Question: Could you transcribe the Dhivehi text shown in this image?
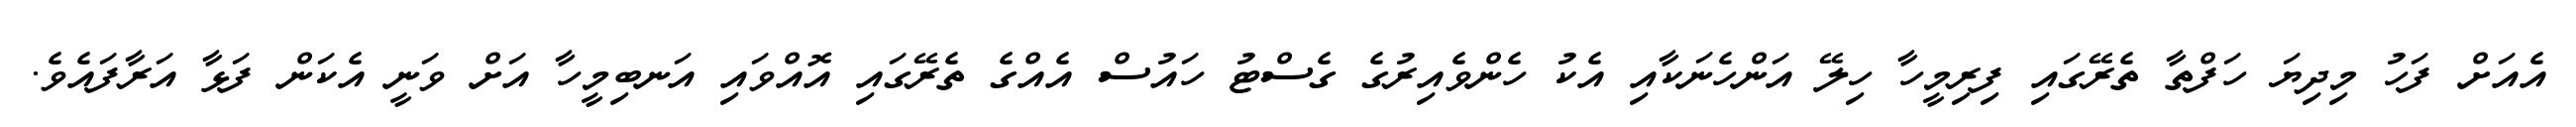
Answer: އެއަށް ފަހު މިދިޔަ ހަފްތާ ތެރޭގައި ފިރިމީހާ ހިލޭ އަންހެނަކާއި އެކު ހެންވެއިރުގެ ގެސްޓު ހައުސް އެއްގެ ތެރޭގައި އޮއްވައި އަނބިމީހާ އަށް ވަނީ އެކަން ފަޅާ އަރާފައެވެ.